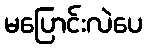
မပြောင်းလဲပေ